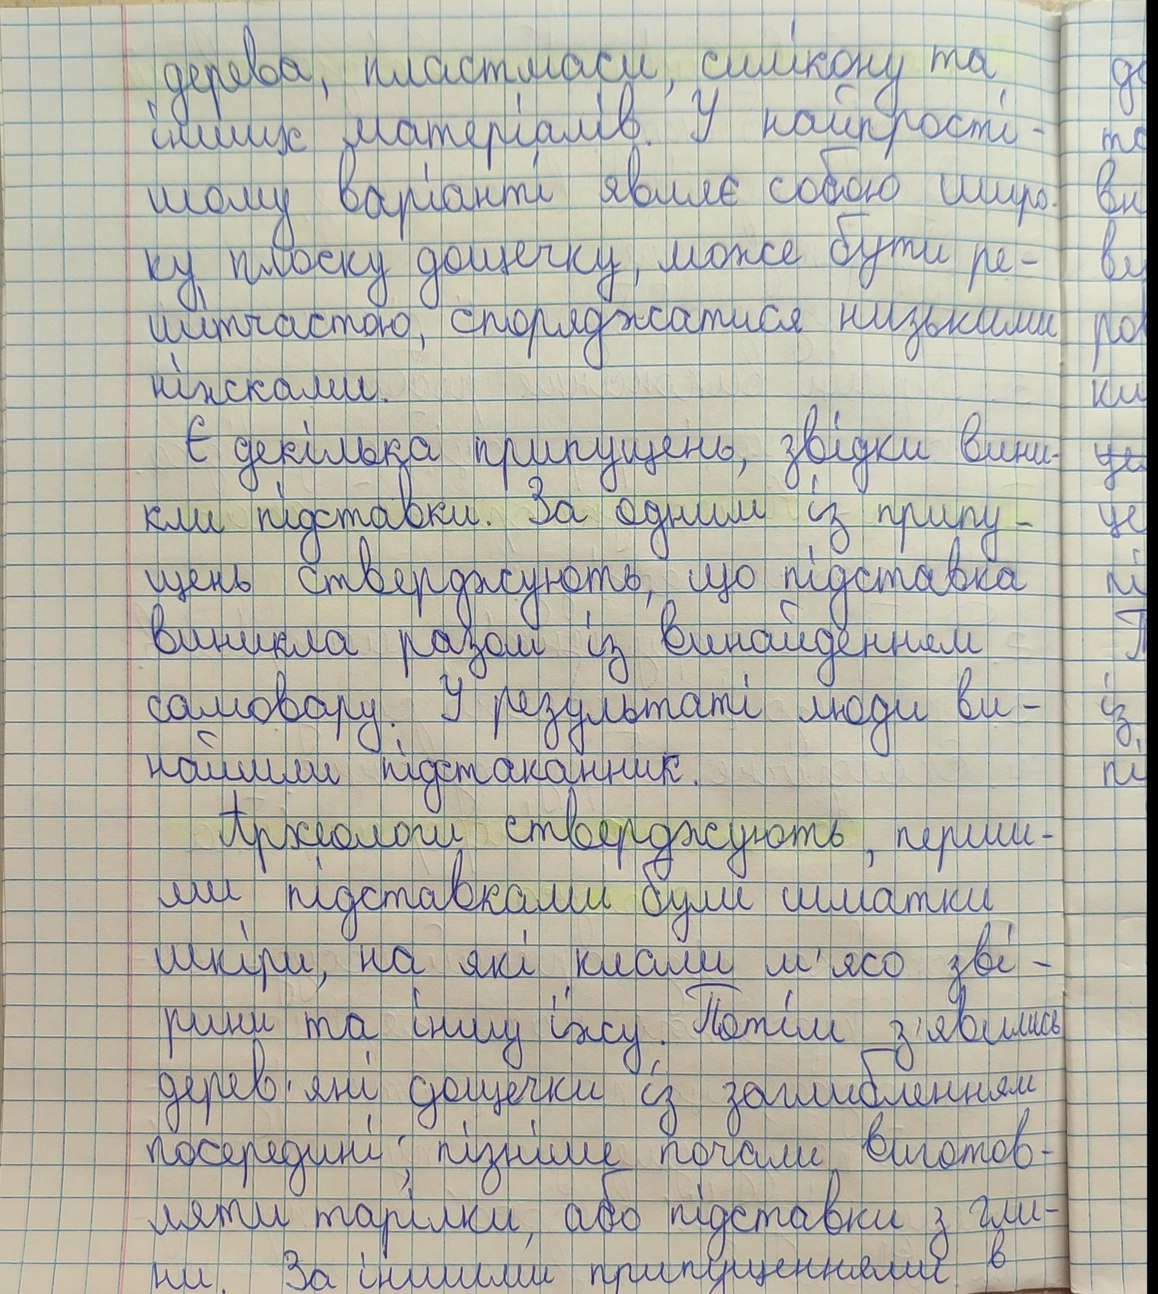
дерева, пластмаси, силікону та
інших матеріалів. У найпрості-
шому варіанті являє собою широ.
ку,плоску дощечку, може бути ре-
шитчастою, споряджатися низькими
ніжками.
Є декілька припущень, звідки вини-
кли підставки. За одним із припу-
щень стверджують, що підставка
виникла разом із винайденням
самовару. У результаті люди ви-
найшли підстаканник.
Археологи стверджують, перши-
ми підставками були шматки
шкіри, на які клали м'ясо зві-
рини та іншу їжу. Потім з'явились
дерев'яні дощечки із заглибленням
посередині; пізніше почали виготов-
ляти тарілки, або підставки з гли-
ни. За іншими припущеннями в